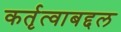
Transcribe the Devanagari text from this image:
कर्तृत्वाबद्दल